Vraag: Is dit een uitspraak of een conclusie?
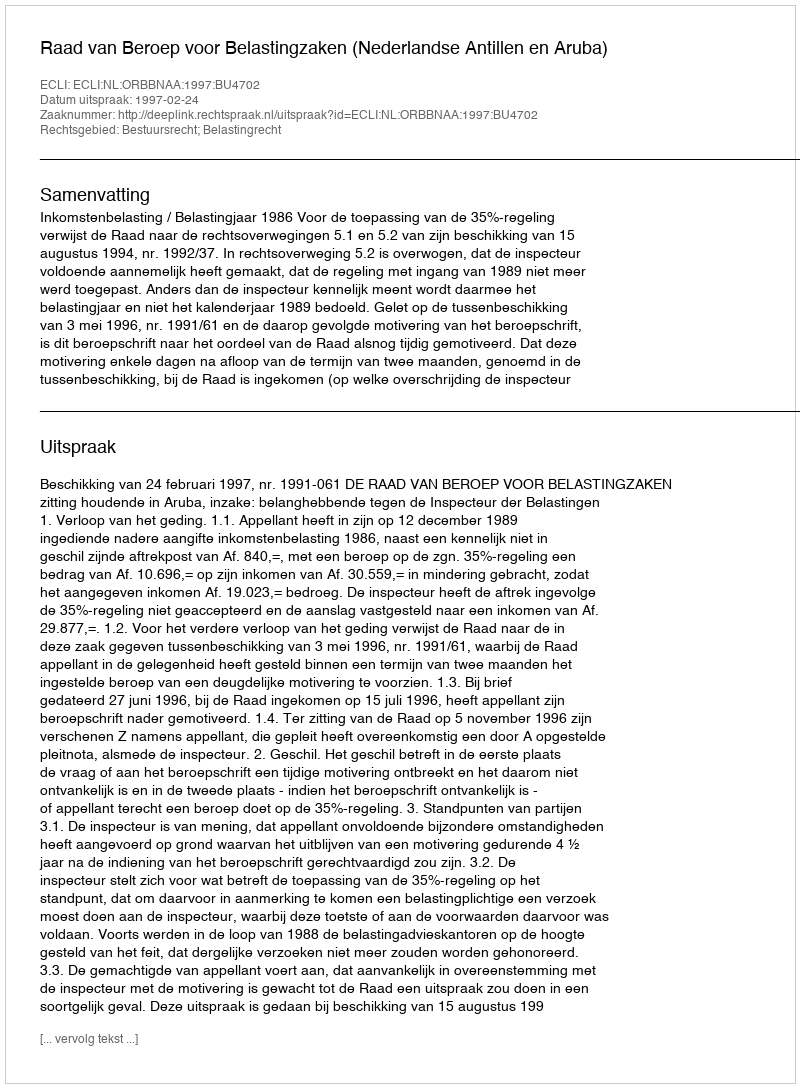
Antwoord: Uitspraak